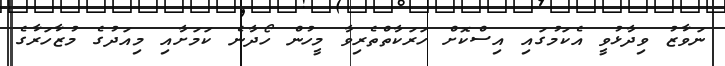
ނަވާޒު ވިދާޅުވީ އެކަމުގައި އިސްކޮށް ހަރަކާތްތެރިވާ މީހުން ހޯދާނެ ކަމަށާއި މިއަދުގެ މުޒާހަރާގެ